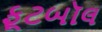
ફૂટબૉલ